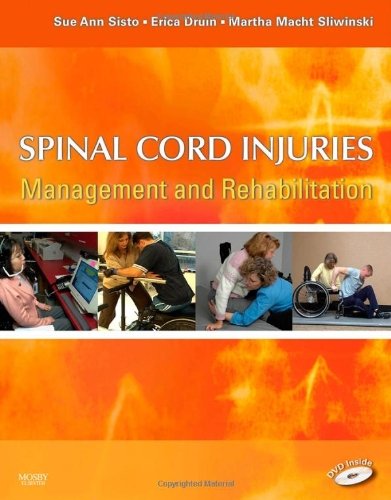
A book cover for Spinal Cord Injuries: Management and Rehabilitation; Erica Druin, Martha Macht Sliwinski Sue Ann Sisto; Health, Fitness & Dieting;